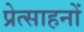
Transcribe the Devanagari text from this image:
प्रेत्साहनों